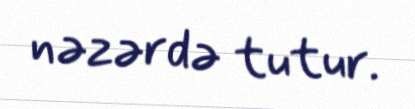
nəzərdə tutur.